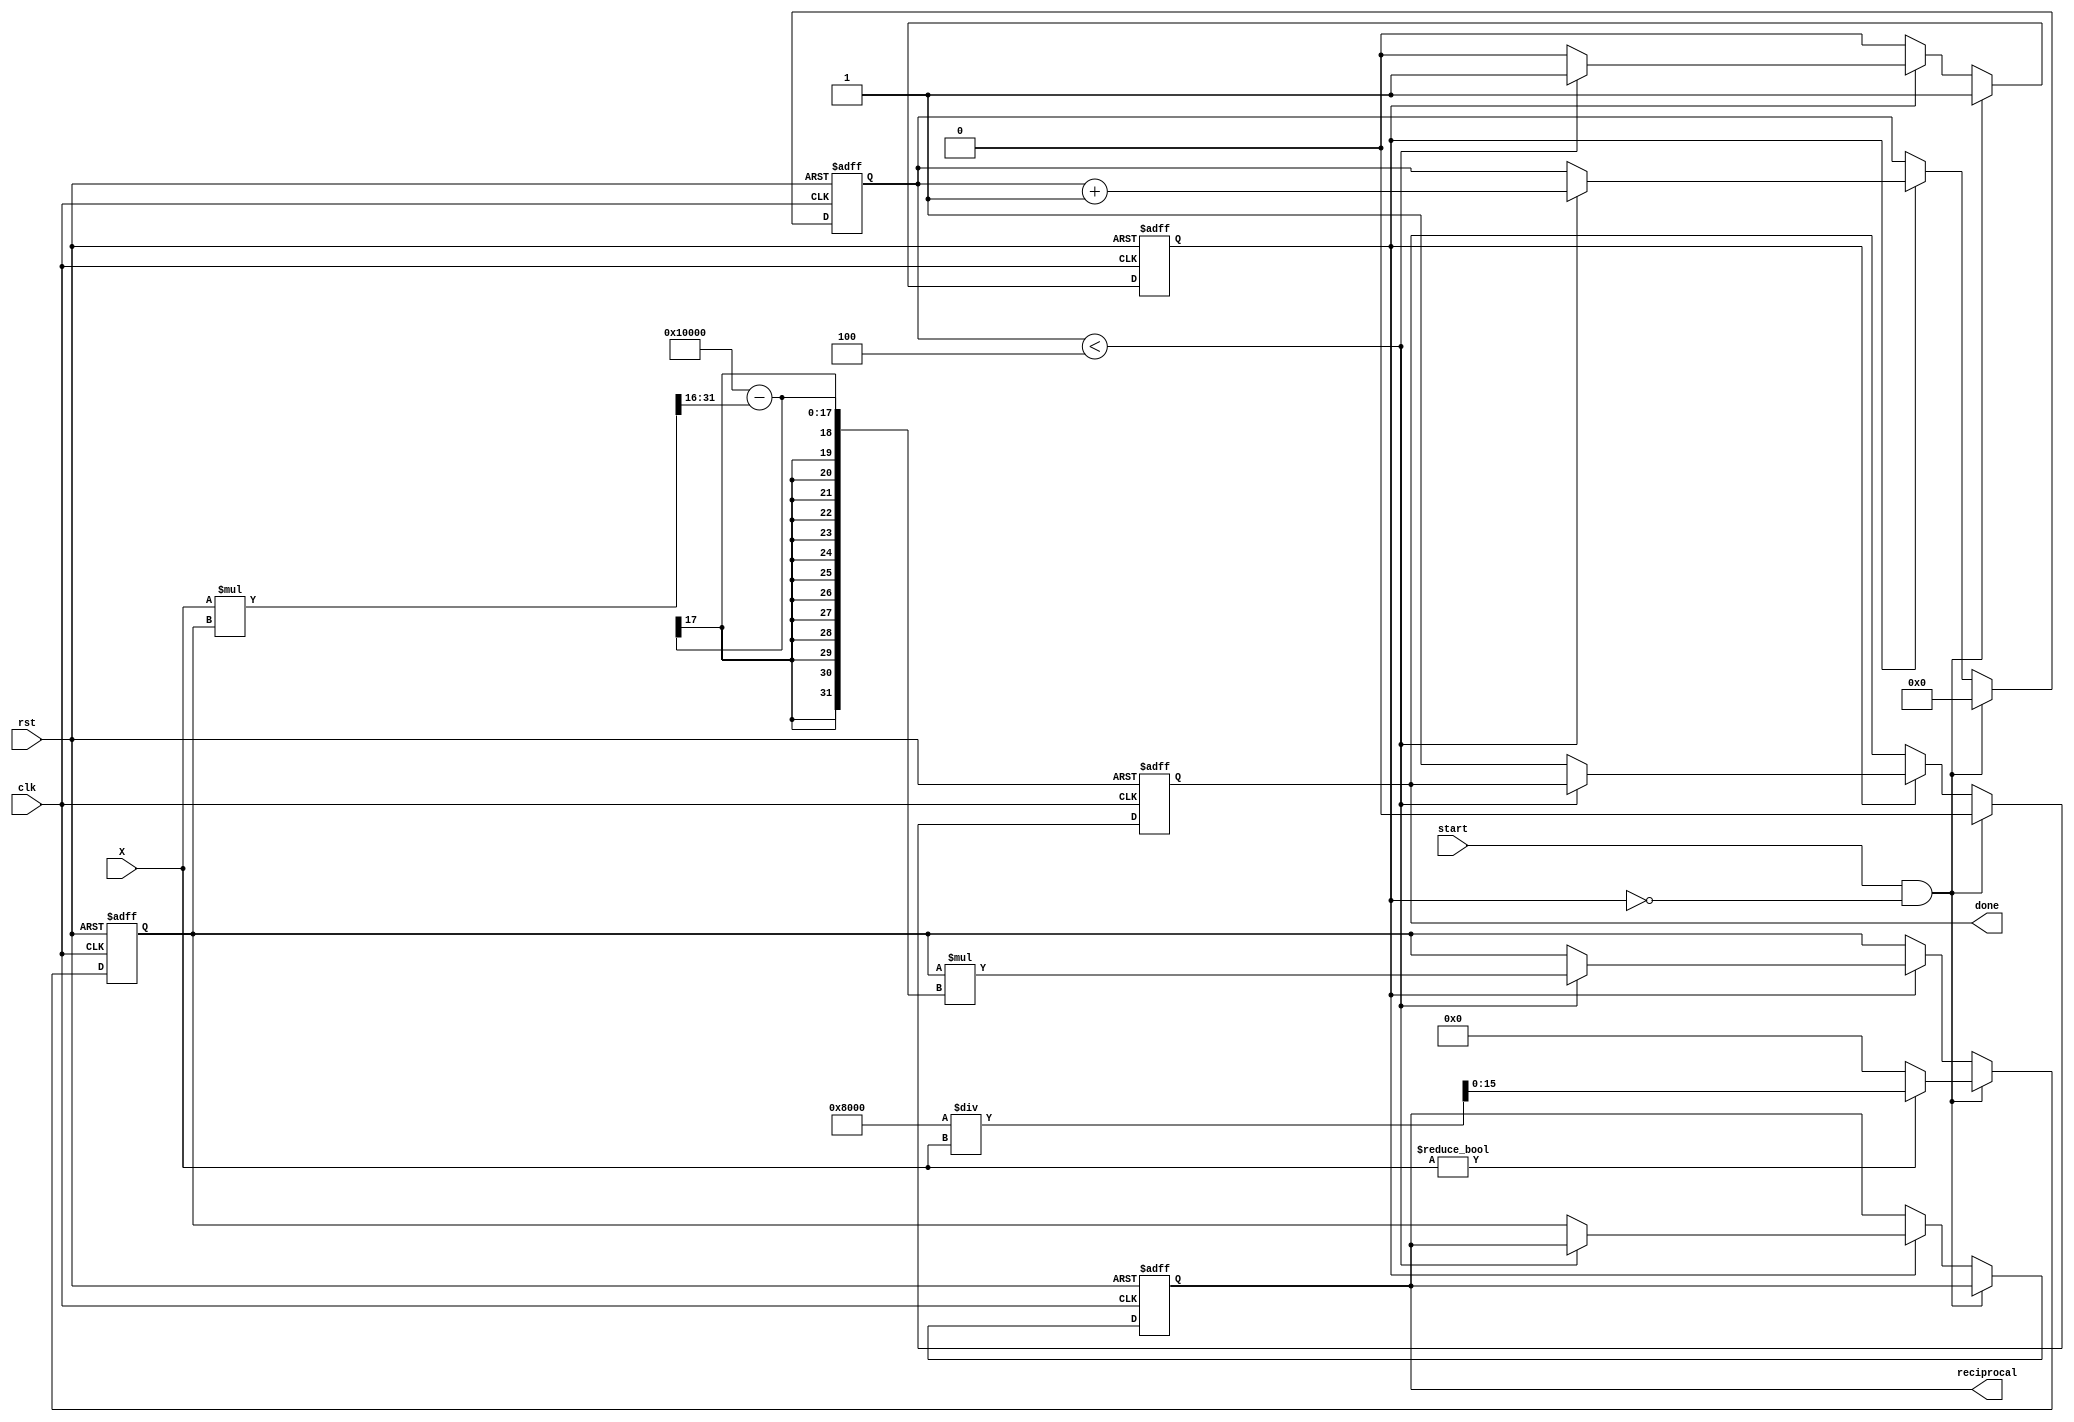
module BitwiseReciprocal #(
    parameter WIDTH = 16, // Bit-width for input and output
    parameter ITERATIONS = 4 // Number of iterations for refinement
)(
    input wire clk,
    input wire rst,
    input wire [WIDTH-1:0] X, // Input number
    input wire start, // Start signal for computation
    output reg [WIDTH-1:0] reciprocal, // Output reciprocal
    output reg done // Done signal
);

    reg [WIDTH-1:0] estimate; // Current estimate of the reciprocal
    reg [3:0] count; // Iteration counter
    reg computing; // Flag to indicate computation in progress

    // Initial values
    always @(posedge clk or posedge rst) begin
        if (rst) begin
            reciprocal <= 0;
            done <= 0;
            estimate <= 0;
            count <= 0;
            computing <= 0;
        end else if (start && !computing) begin
            // Start the computation
            computing <= 1;
            count <= 0;
            // Initial estimate: 1 << (WIDTH - 1) / X (simple bit manipulation)
            if (X != 0) begin
                estimate <= (1 << (WIDTH - 1)) / X; // Initial estimate
            end else begin
                estimate <= 0; // Handle division by zero
            end
            done <= 0;
        end else if (computing) begin
            if (count < ITERATIONS) begin
                // Newton-Raphson iteration: estimate = estimate * (2 - X * estimate)
                estimate <= estimate * (2**WIDTH - (X * estimate >> WIDTH));
                count <= count + 1;
            end else begin
                // Finished iterations
                reciprocal <= estimate;
                done <= 1;
                computing <= 0;
            end
        end
    end

endmodule